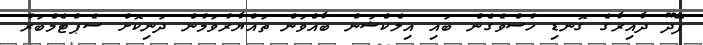
ފޭދޫ ދާއިރާގެ ގޮނޑި ހުސްވެގެން ބައި އިލެކްޝަން ބާއްވަން ތައްޔާރުވަމުން ދަނިކޮށް ސެޕްޓެމްބަރު